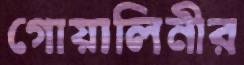
গোয়ালিনীর